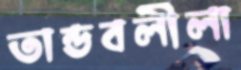
তান্ডবলীলা